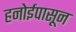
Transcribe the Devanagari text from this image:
हनोईपासून